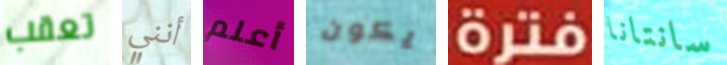
تعقب أنني أعلم يكون فترة سانتانا